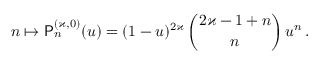
n \mapsto \mathsf { P } _ { n } ^ { ( \varkappa , 0 ) } ( u ) = ( 1 - u ) ^ { 2 \varkappa } \, \binom { 2 \varkappa - 1 + n } { n } \, u ^ { n } \, .